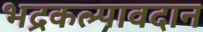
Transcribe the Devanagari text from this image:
भद्रकल्पावदान